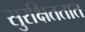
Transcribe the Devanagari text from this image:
सुरक्षिततात